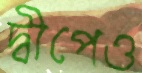
দ্বীপেও